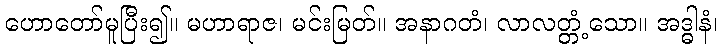
ဟောတော်မူပြီး၍။ မဟာရာဇ၊ မင်းမြတ်။ အနာဂတံ၊ လာလတ္တံ့သော။ အဒ္ဓါနံ၊